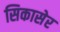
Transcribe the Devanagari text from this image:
सिकासेर